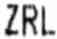
ZRL